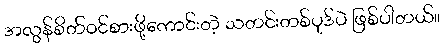
အလွန်စိတ်ဝင်စားဖို့ကောင်းတဲ့ သတင်းတစ်ပုဒ်ပဲ ဖြစ်ပါတယ်။